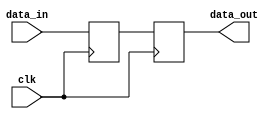

module buffer2x(
    input [3:0] data_in,
    input clk,
    output reg [3:0] data_out);

    reg [3:0] buffer0, buffer1;

    always @(posedge clk) begin
        buffer0 <= data_in;
        data_out <= buffer0;
    end

endmodule